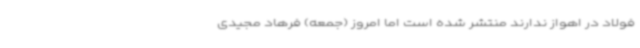
فولاد در اهواز ندارند منتشر شده است اما امروز (جمعه) فرهاد مجیدی